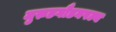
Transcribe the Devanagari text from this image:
मुरुडगौडनपल्य